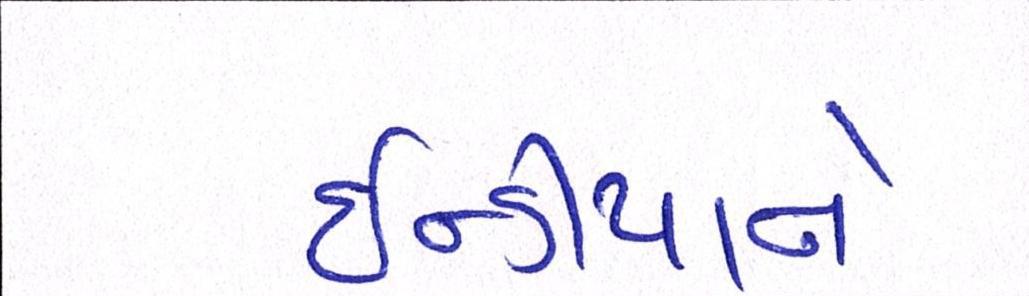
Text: ઈન્ડીયાને